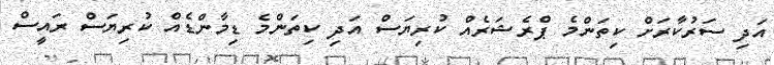
އަދި ސަރުކާރަށް ކިތަންމެ ޕްރެޝަރެއް ކުރިޔަސް އަދި ކިތަންމެ ޑިމާންޑެއް ކުރިޔަސް ރައީސް